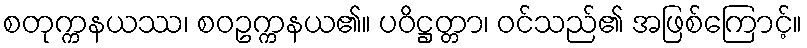
စတုက္ကနယဿ၊ စဝဥက္ကနယ၏။ ပဝိဋ္ဌတ္တာ၊ ဝင်သည်၏ အဖြစ်ကြောင့်။